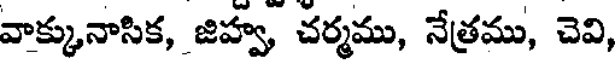
వాక్కునాసిక, జిహ్వ, చర్మము, నేత్రము, చెవి,